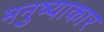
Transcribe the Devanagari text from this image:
मनुष्याकार